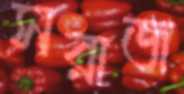
সরাজ